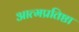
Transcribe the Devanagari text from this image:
आत्मप्रतिष्ठा